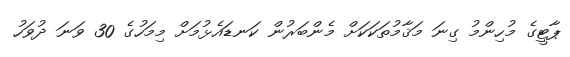
ޕާޓީގެ މުހިންމު ގިނަ މަޤާމުތަކަކަށް މެންބަރުން ކަނޑައެޅުމަށް މިމަހުގެ 30 ވަނަ ދުވަހު